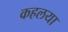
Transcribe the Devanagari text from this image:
कहलया